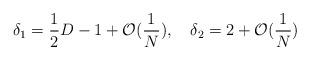
LaTeX: \begin{align*}\delta_1=\frac{1}{2}D-1+\mathcal{O}(\frac{1}{N}), \quad \delta_2=2+\mathcal{O}(\frac{1}{N})\end{align*}